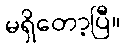
မရှိတော့ပြီ။